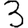
Digit: 3